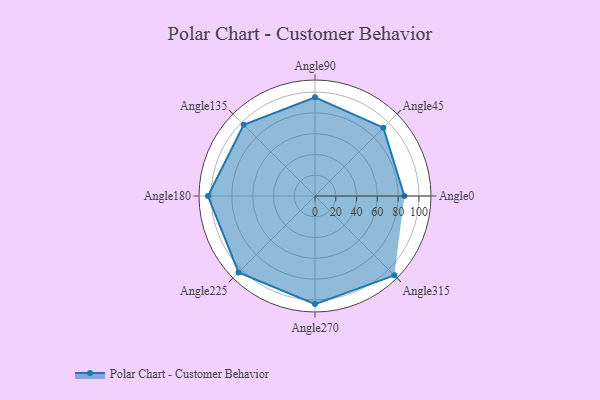
{"axis": {"x": "Angle", "y": "Radius"}, "legend": [""], "data": [{"x": "Angle0", "y": 86.0, "type": ""}, {"x": "Angle45", "y": 93.0, "type": ""}, {"x": "Angle90", "y": 95.0, "type": ""}, {"x": "Angle135", "y": 97.0, "type": ""}, {"x": "Angle180", "y": 103.0, "type": ""}, {"x": "Angle225", "y": 104.0, "type": ""}, {"x": "Angle270", "y": 104.0, "type": ""}, {"x": "Angle315", "y": 108.0, "type": ""}]}